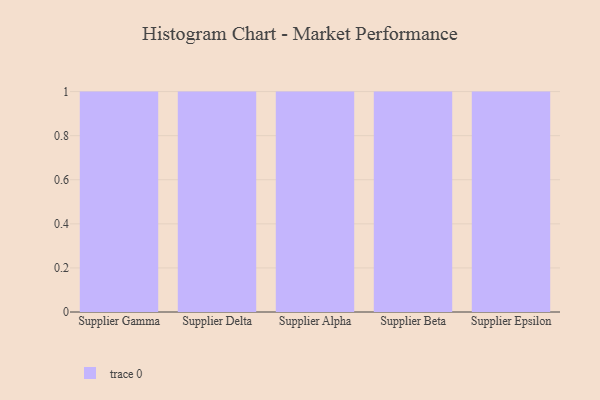
{"axis": {"x": "Supplier", "y": "Demand Index"}, "legend": [""], "data": [{"x": "Supplier Gamma", "y": 27, "type": ""}, {"x": "Supplier Delta", "y": 77, "type": ""}, {"x": "Supplier Alpha", "y": 73, "type": ""}, {"x": "Supplier Beta", "y": 97, "type": ""}, {"x": "Supplier Epsilon", "y": 86, "type": ""}]}